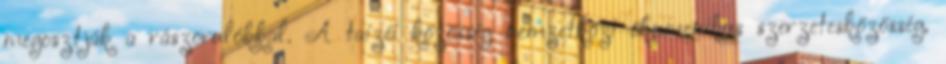
megosztják a rászorulókkal. A taizéi közösség nemzetközi ökumenikus szerzetesközösség,